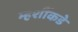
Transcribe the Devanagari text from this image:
म्हशींकडे